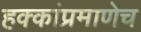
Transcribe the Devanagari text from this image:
हक्कांप्रमाणेच